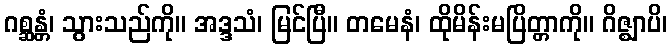
ဂစ္ဆန္တံ၊ သွားသည်ကို။ အဒ္ဒသံ၊ မြင်ပြီ။ တမေနံ၊ ထိုမိန်းမပြိတ္တာကို။ ဂိဇ္ဈာပိ၊